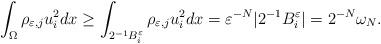
LaTeX: \begin{align*}\int_{\Omega}\rho_{\varepsilon,j}u_i^2dx\geq\int_{2^{-1}B_i^{\varepsilon}}\rho_{\varepsilon,j}u_i^2dx=\varepsilon^{-N}|2^{-1}B_i^{\varepsilon}|=2^{-N}\omega_N.\end{align*}